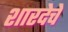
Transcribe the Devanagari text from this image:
शारदेचे